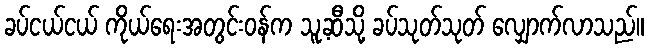
ခပ်ငယ်ငယ် ကိုယ်ရေးအတွင်းဝန်က သူ့ဆီသို့ ခပ်သုတ်သုတ် လျှောက်လာသည်။